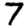
Digit: 7